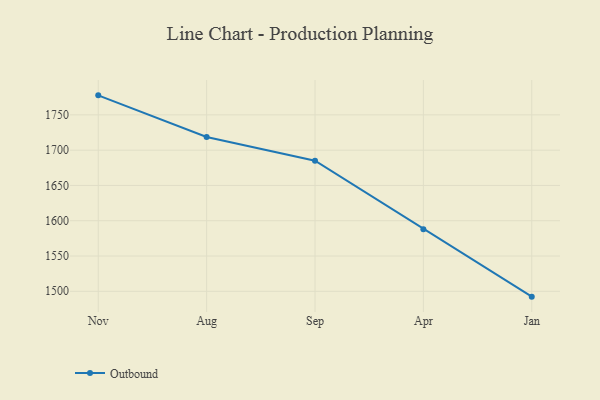
{"axis": {"x": "Month", "y": "Operating Costs (USD K)"}, "legend": ["Outbound"], "data": [{"x": "Nov", "y": 1777.7, "type": "Outbound"}, {"x": "Aug", "y": 1718.6, "type": "Outbound"}, {"x": "Sep", "y": 1685.0, "type": "Outbound"}, {"x": "Apr", "y": 1588.1, "type": "Outbound"}, {"x": "Jan", "y": 1492.4, "type": "Outbound"}]}